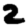
Digit: 2